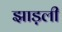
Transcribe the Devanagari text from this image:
झाड़ली